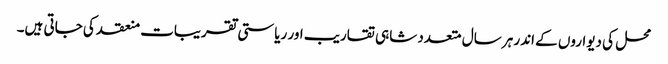
محل کی دیواروں کے اندر ہر سال متعدد شاہی تقاریب اور ریاستی تقریبات منعقد کی جاتی ہیں۔